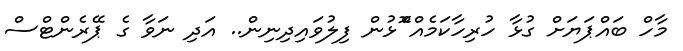
މާހް ބައްޕަޔަށް ގުޅާ ހުރިހާކަމެއް ްޮޅުން ފިލުވައިދިނިން.. އަދި ނަވާ ގެ ޕޭރެންޓްސް